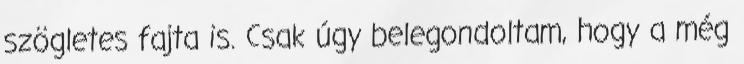
szögletes fajta is. Csak úgy belegondoltam, hogy a még